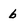
Character: b